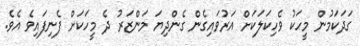
ގަދަކަމުން މީހަކު ވެހިކަލަކަށް އަރުވައިގެން ގެންދިޔަ މަންޒަރު ދެ މީހަކަށް ފެނިފައިވެ އެވެ.